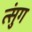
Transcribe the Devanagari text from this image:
त्सुंग